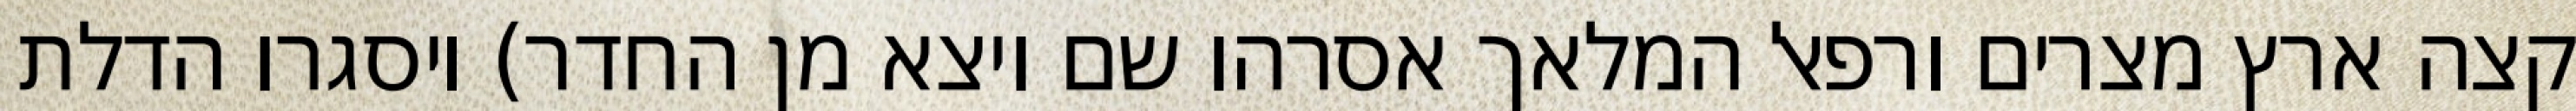
קצה ארץ מצרים ורפאל המלאך אסרהו שם ויצא מן החדר) ויסגרו הדלת